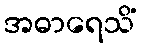
အဓာရေသိံ